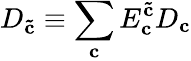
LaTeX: D_{\mathbf{\tilde{c}}}\equiv\sum_{\mathbf{c}}E_{\mathbf{c}}^{\mathbf{\tilde{c}}}D_{\mathbf{c}}